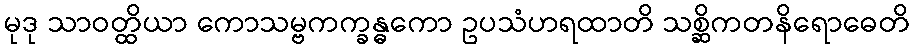
မုဒု သာဝတ္ထိယာ ကောသမ္ဗကက္ခန္ဓကော ဥပသံဟရထာတိ သစ္ဆိကတနိရောဓေတိ